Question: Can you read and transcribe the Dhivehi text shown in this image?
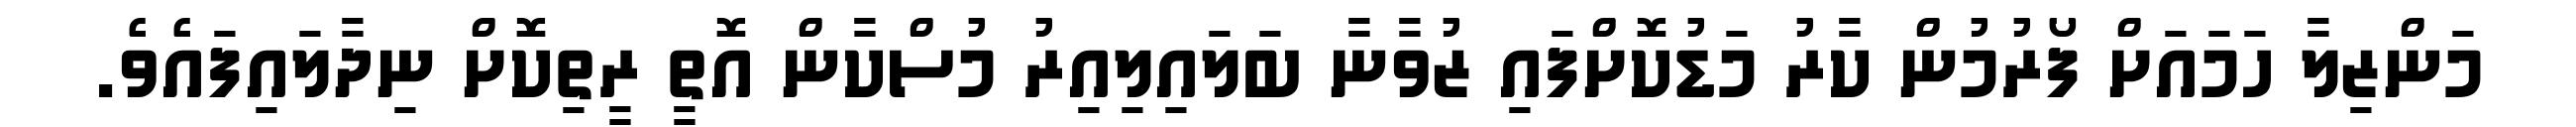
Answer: މަންޒިލާ ހަމައަށް ފޯރުމުން ކާރު މަޑުކޮށްފައި ޒުވާނާ ބަލައިލިއިރު މުސްކާން އޮތީ ރީތިކޮށް ނިދާލައިފައެވެ.